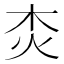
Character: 𤆰